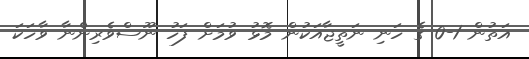
އަތުން 1-0 ގެ ހަނި ނަތީޖާއަކުން މޮޅު ވުމަށް ފަހު ނޫސްވެރިންނާ ވާހަކަ